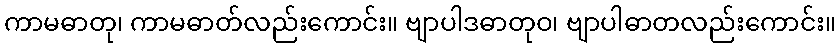
ကာမဓာတု၊ ကာမဓာတ်လည်းကောင်း။ ဗျာပါဒဓာတုဝ၊ ဗျာပါဓာတလည်းကောင်း။